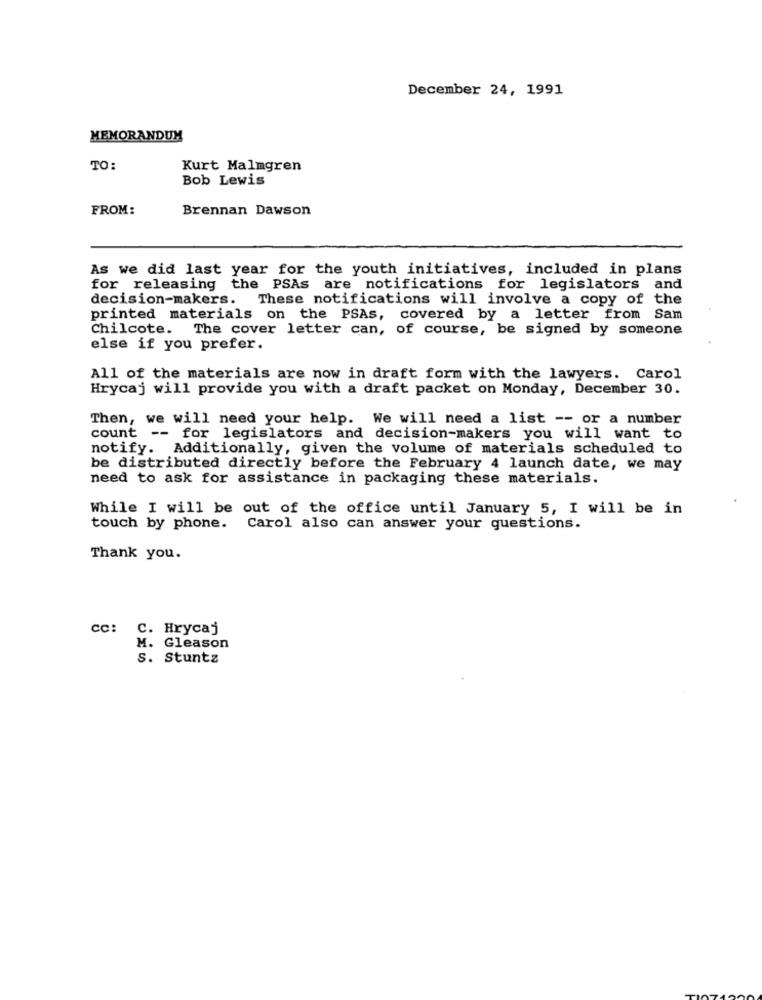
December 24, 1991
MEMORANDUM
TO:
Kurt Malmgren
Bob Lewis
FROM:
Brennan Dawson
As we did last year for the youth initiatives, included in plans
for releasing the PSAs are notifications for legislators and
decision-makers. These notifications will involve a copy of the
printed materials on the PSAs, covered by a letter from Sam
Chilcote. The cover letter can, of course, be signed by someone
else if you prefer.
All of the materials are now in draft form with the lawyers. Carol
Hrycaj will provide you with a draft packet on Monday, December 30.
Then, we will need your help. We will need a list -- or a number
count --
for legislators and decision-makers you will want to
notify. Additionally, given the volume of materials scheduled to
be distributed directly before the February 4 launch date, we may
need to ask for assistance in packaging these materials.
While I will be out of the office until January 5, I will be in
touch by phone.
Carol also can answer your questions.
Thank you.
cc: C. Hrycaj
M. Gleason
S. Stuntz